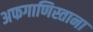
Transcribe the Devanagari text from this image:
अफगाणिस्ताना